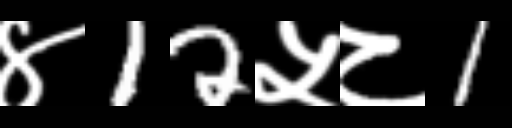
Text: ४12५८1